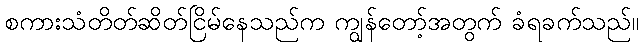
စကားသံတိတ်ဆိတ်ငြိမ်နေသည်က ကျွန်တော့်အတွက် ခံရခက်သည်။